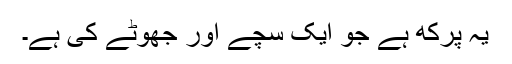
یہ پرکھ ہے جو ایک سچے اور جھوٹے کی ہے۔